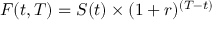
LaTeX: F ( t , T ) = S ( t ) \times ( 1 + r ) ^ { ( T - t ) }